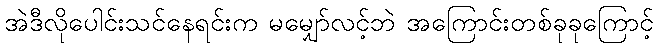
အဲဒီလိုပေါင်းသင်နေရင်းက မမျှော်လင့်ဘဲ အကြောင်းတစ်ခုခုကြောင့်